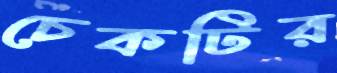
চেকটির